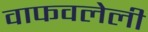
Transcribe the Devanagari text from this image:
वाफवलेली